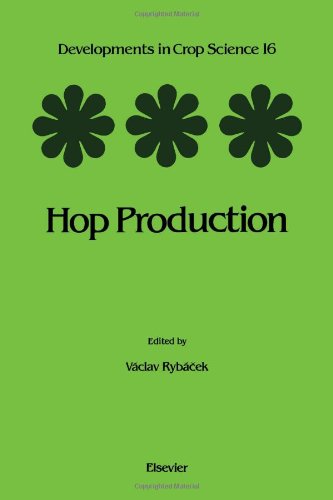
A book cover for Hop Production, Volume 16 (Developments in Crop Science); Science & Math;